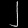
Digit: ၂